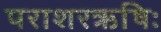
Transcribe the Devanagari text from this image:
पराशरऋषिः